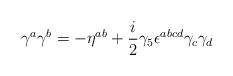
LaTeX: \begin{align*}\gamma^a \gamma^b = - \eta^{ab} + {\frac{i }{2}} \gamma_5 \epsilon^{abcd}\gamma_c \gamma_d\end{align*}